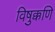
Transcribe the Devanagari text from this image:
विषुक्कणि